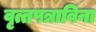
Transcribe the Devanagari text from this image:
वृत्तपत्राविना